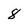
Character: 8